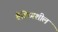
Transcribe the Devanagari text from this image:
वैविध्यशील